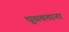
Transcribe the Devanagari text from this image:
घुसवताना